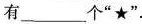
有___个”★”。